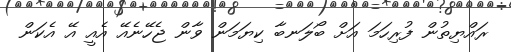
ރައްޔިތުން ފުރިހަމަ އަށް ބޯލަނބާ ކިޔަމަން ވާން ޖެހޭނެއޭ އެއީ އޭ އެކަން